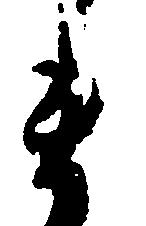
ま